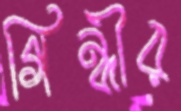
গিন্নীর